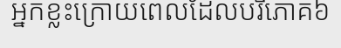
អ្នកខ្លះក្រោយពេលដែលបរិភោគ៦